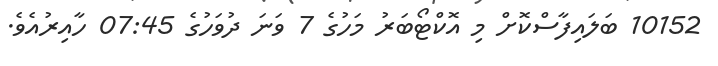
10152 ބަލައިފާސްކޮށް މި އޮކްޓޯބަރު މަހުގެ 7 ވަނަ ދުވަހުގެ 07:45 ހާއިރުއެވެ.